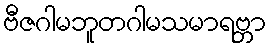
ဗီဇဂါမဘူတဂါမသမာရဗ္ဘာ